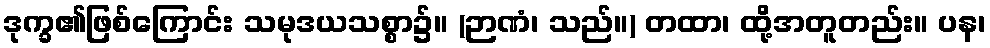
ဒုက္ခ၏ဖြစ်ကြောင်း သမုဒယသစ္စာ၌။ (ဉာဏံ၊ သည်။) တထာ၊ ထို့အတူတည်း။ ပန၊